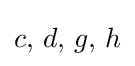
c,\,d,\,g,\,h